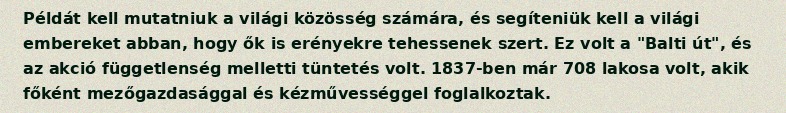
Példát kell mutatniuk a világi közösség számára, és segíteniük kell a világi embereket abban, hogy ők is erényekre tehessenek szert. Ez volt a "Balti út", és az akció függetlenség melletti tüntetés volt. 1837-ben már 708 lakosa volt, akik főként mezőgazdasággal és kézművességgel foglalkoztak.